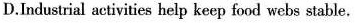
D.Industrial activities help keep food webs stable.